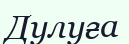
Дулуға